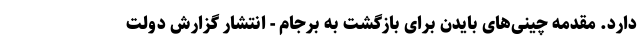
دارد. مقدمه چینی‌های بایدن برای بازگشت به برجام - انتشار گزارش دولت